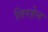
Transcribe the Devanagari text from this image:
तिरहेन